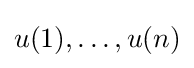
u(1),\ldots ,u(n)